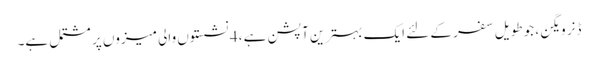
ڈنر ویگن ، جو طویل سفر کے لئے ایک بہترین آپشن ہے ، 4 نشستوں والی میزوں پر مشتمل ہے۔